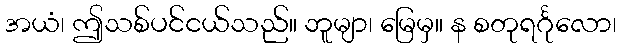
အယံ၊ ဤသစ်ပင်ငယ်သည်။ ဘူမျာ၊ မြေမှ။ န စတုရင်္ဂုလော၊